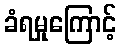
ခံရမှုကြောင့်